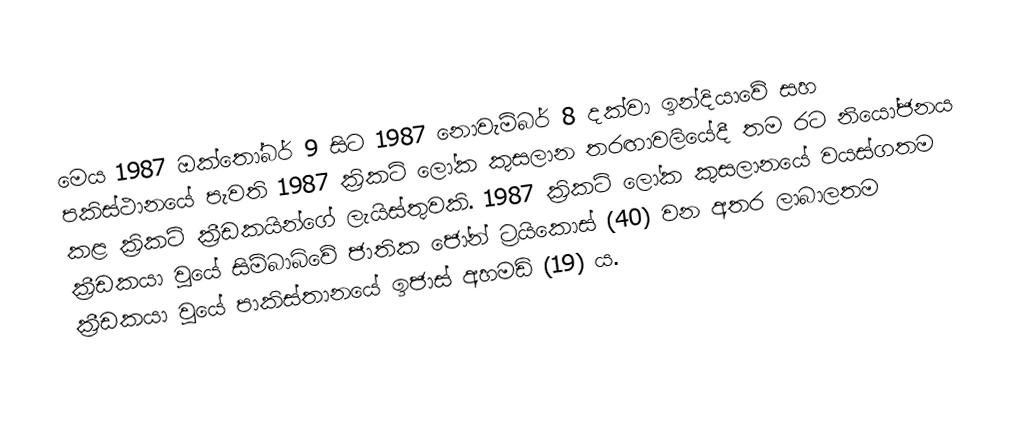
මෙය 1987 ඔක්තෝබර් 9 සිට 1987 නොවැම්බර් 8 දක්වා ඉන්දියාවේ සහ පකිස්ථානයේ පැවති 1987 ක්‍රිකට් ලෝක කුසලාන තරඟාවලියේදී තම රට නියෝජනය කළ ක්‍රිකට් ක්‍රීඩකයින්ගේ ලැයිස්තුවකි. 1987 ක්‍රිකට් ලෝක කුසලානයේ වයස්ගතම ක්‍රීඩකයා වූයේ සිම්බාබ්වේ ජාතික ජෝන් ට්‍රයිකොස් (40) වන අතර ලාබාලතම ක්‍රීඩකයා වූයේ පාකිස්තානයේ ඉජාස් අහමඩ් (19) ය.